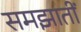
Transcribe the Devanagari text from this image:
समझातीं